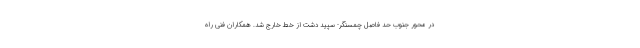
در محور جنوب حد فاصل چمسنگر- سپید دشت از خط خارج شد. همکاران فنی راه